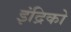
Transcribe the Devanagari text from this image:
इंद्रिको